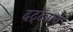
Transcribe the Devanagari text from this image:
दट्ट्याचे